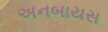
અનબાયસ